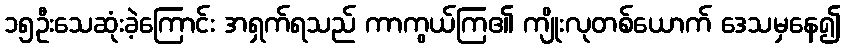
၁၅ဦးသေဆုံးခဲ့ကြောင်း အရှက်ရသည် ကာကွယ်ကြ၏ ကျိုးလုတစ်ယောက် ဒေသမှနေ၍